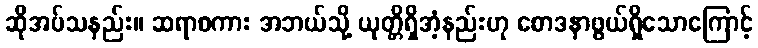
ဆိုအပ်သနည်း။ ဆရာစကား အဘယ်သို့ ယုတ္တိရှိအံ့နည်းဟု စောဒနာဖွယ်ရှိသောကြောင့်